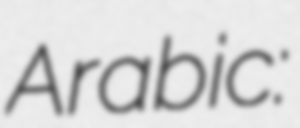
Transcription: Arabic: